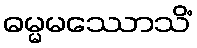
ဓမ္မမဿောသိံ